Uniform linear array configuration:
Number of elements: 12
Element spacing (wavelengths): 0.75
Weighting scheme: uniform
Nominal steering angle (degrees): -45
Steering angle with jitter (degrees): -46.845
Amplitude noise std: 0.05
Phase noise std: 0.05

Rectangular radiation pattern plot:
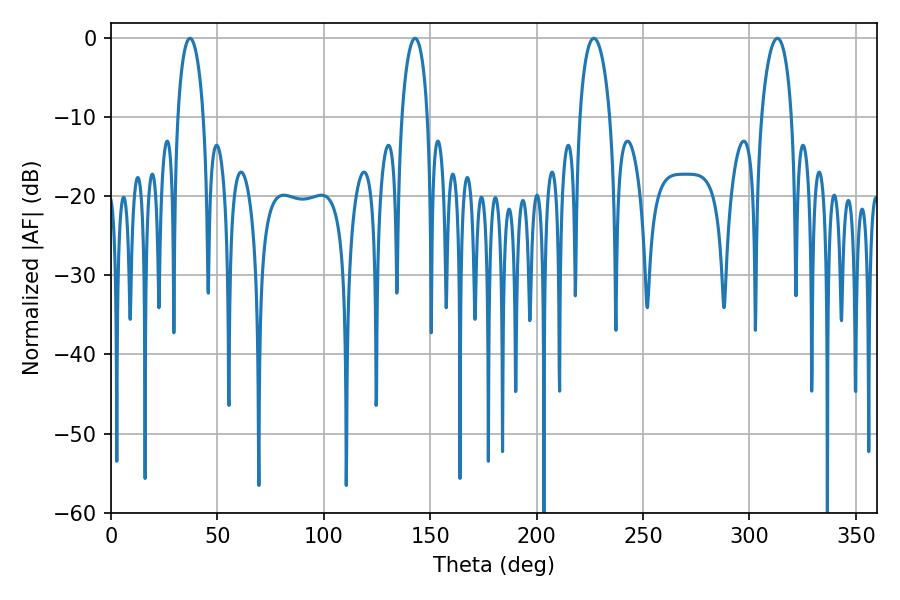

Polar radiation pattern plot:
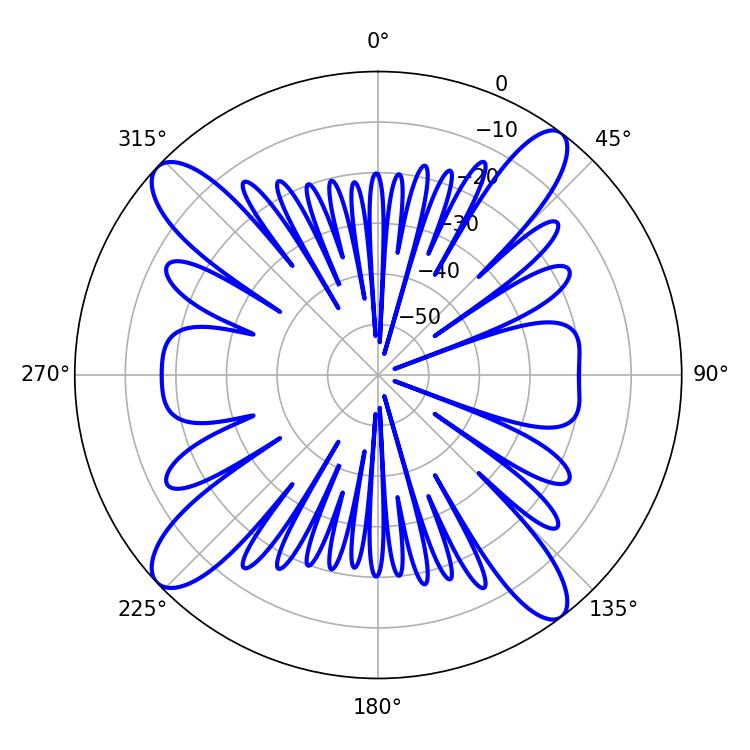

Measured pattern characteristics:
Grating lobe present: TRUE
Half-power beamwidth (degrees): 7.02
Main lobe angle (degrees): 37.08